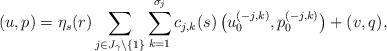
LaTeX: \begin{align*} (u,p) = \eta_s(r) \sum_{j \in J_{\gamma}\backslash \{1\}} \sum_{k=1}^{\sigma_j} c_{j,k}(s)\, \big( u_0^{(-j,k)}, p_0^{(-j,k)}\big) + (v,q),\end{align*}